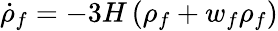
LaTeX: {\dot{\rho}}_{f}=-3H\left(\rho_{f}+w_{f}\rho_{f}\right)